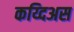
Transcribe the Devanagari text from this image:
कय्दिअस